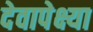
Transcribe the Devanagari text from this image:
देवापेक्ष्या